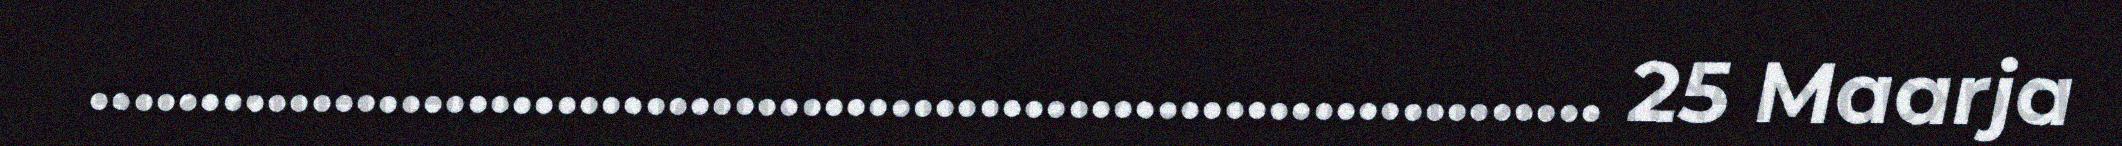
.................................................................... 25 Maarja